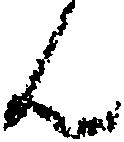
ん